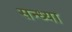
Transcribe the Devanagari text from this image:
सन्‍ध्‍या